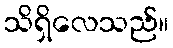
သိရှိလေသည်။